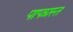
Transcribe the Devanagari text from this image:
पापग्रस्त